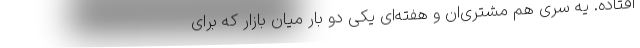
افتاده. یه سری هم مشتری‌ان و هفته‌ای یکی دو بار میان بازار که برای